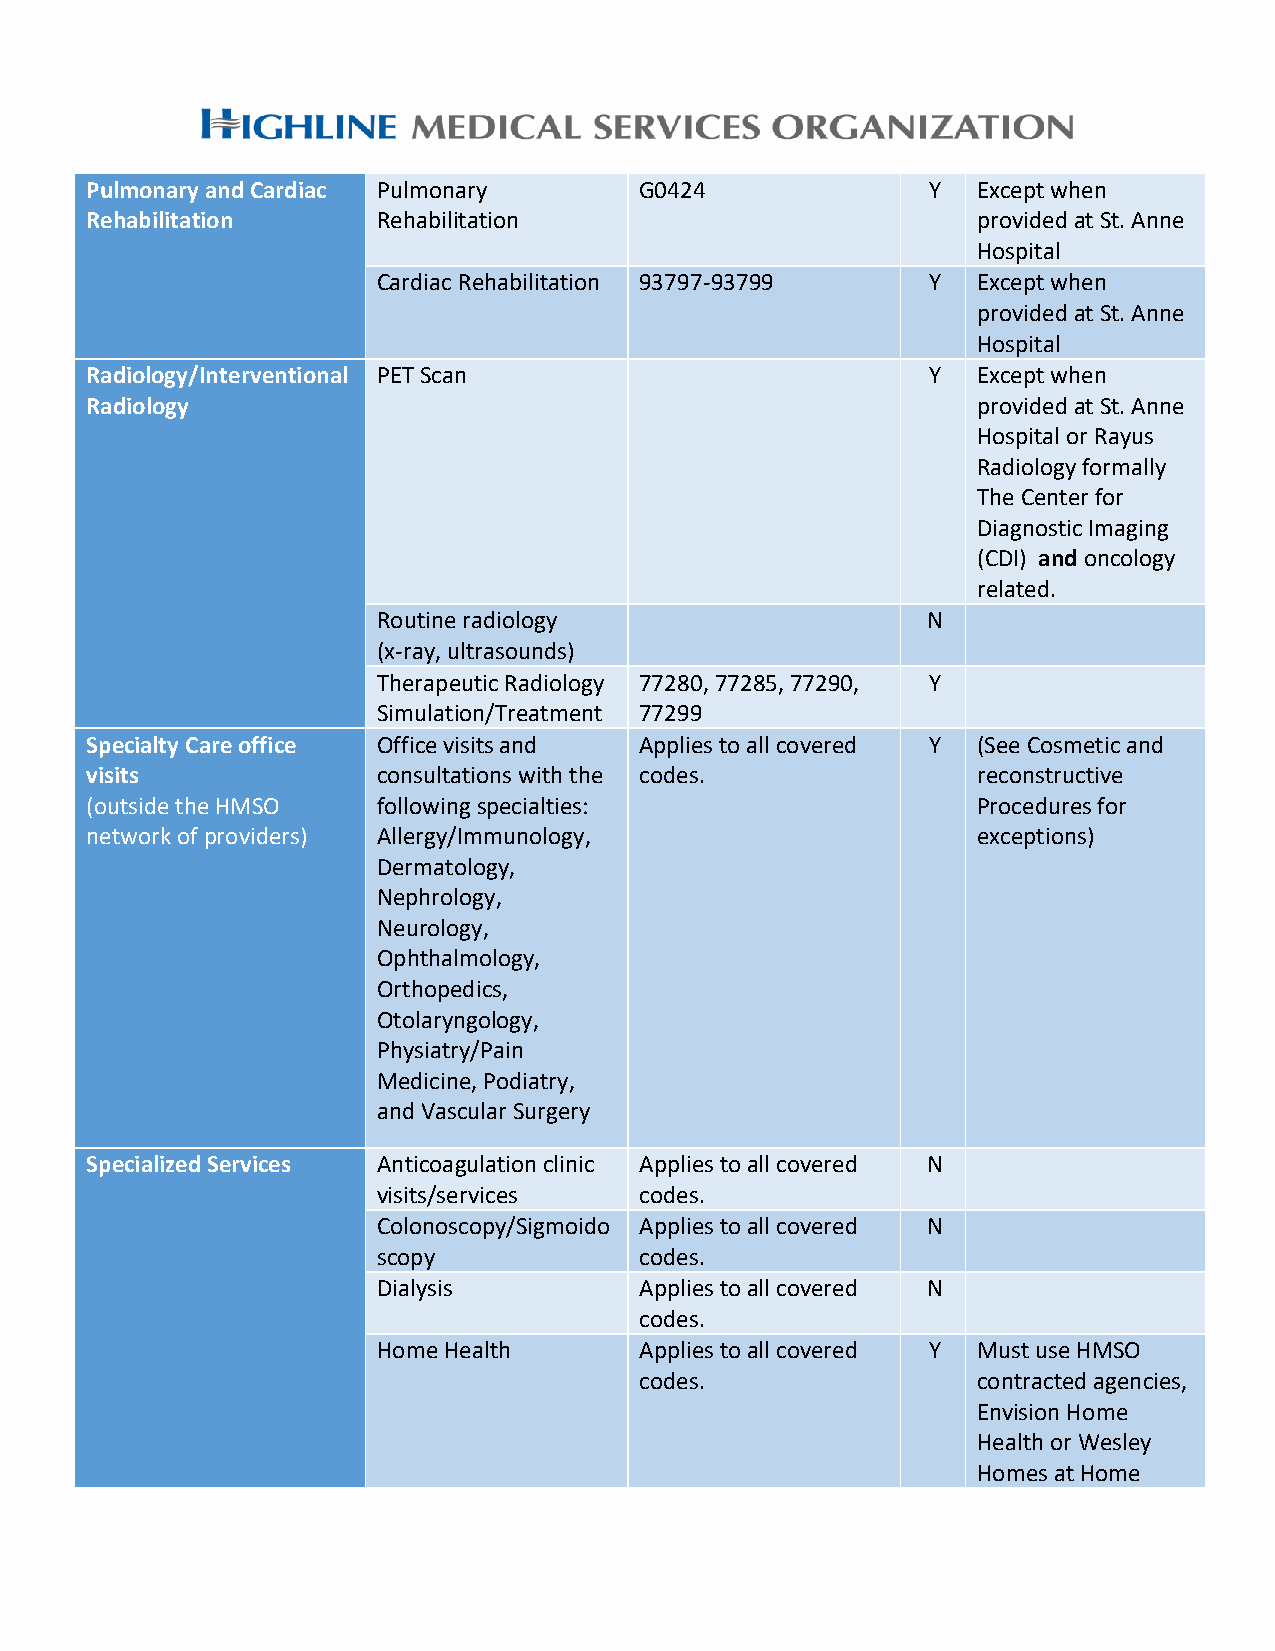
Pulmonary and Cardiac Pulmonary     G0424               Y  Except when
 Rehabilitation     Rehabilitation                          provided at St. Anne
 Hospital
 Cardiac Rehabilitation 93797-93799   Y  Except when
 provided at St. Anne
 Hospital
 Radiology/Interventional PET Scan                       Y  Except when
 Radiology                                                  provided at St. Anne
 Hospital or Rayus
 Radiology formally
 The Center for
 Diagnostic Imaging
 (CDI) and oncology
 related.
 Routine radiology                   N
 (x-ray, ultrasounds)
 Therapeutic Radiology 77280, 77285, 77290, Y
 Simulation/Treatment 77299
 Specialty Care office Office visits and Applies to all covered Y (See Cosmetic and
 visits             consultations with the codes.           reconstructive
 (outside the HMSO  following specialties:                  Procedures for
 network of providers) Allergy/Immunology,                  exceptions)
 Dermatology,
 Nephrology,
 Neurology,
 Ophthalmology,
 Orthopedics,
 Otolaryngology,
 Physiatry/Pain
 Medicine, Podiatry,
 and Vascular Surgery
 Specialized Services Anticoagulation clinic Applies to all covered N
 visits/services  codes.
 Colonoscopy/Sigmoido Applies to all covered N
 scopy            codes.
 Dialysis         Applies to all covered N
 codes.
 Home Health      Applies to all covered Y Must use HMSO
 codes.                 contracted agencies,
 Envision Home
 Health or Wesley
 Homes at Home